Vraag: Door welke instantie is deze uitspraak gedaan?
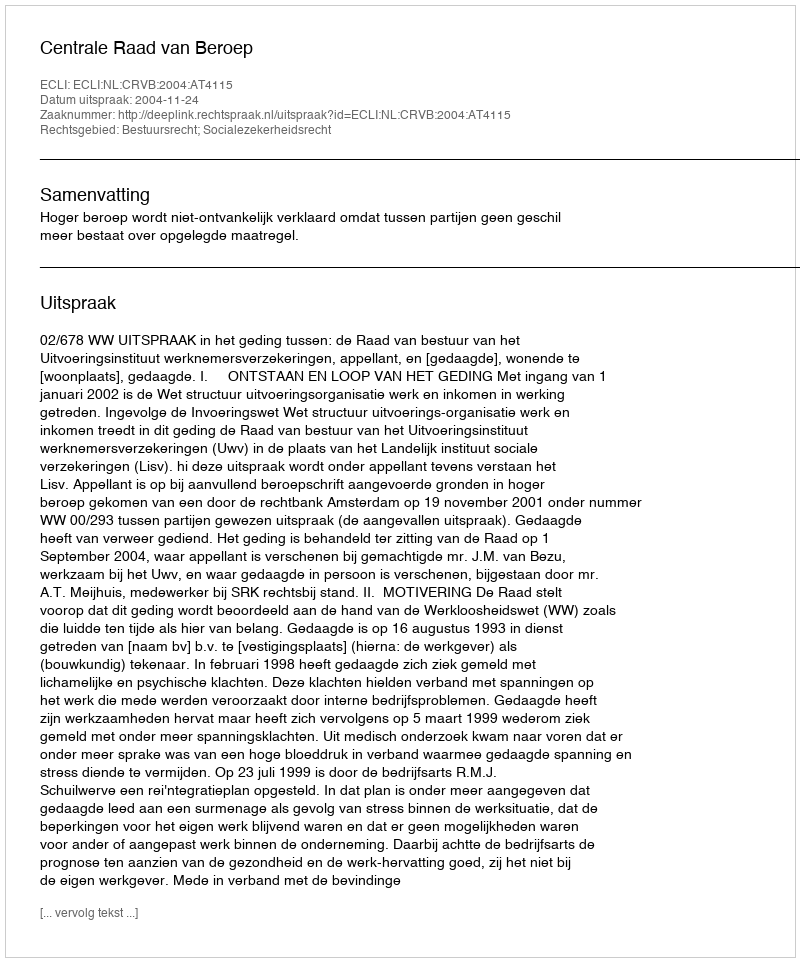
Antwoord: Centrale Raad van Beroep